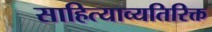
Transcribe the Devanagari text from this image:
साहित्याव्यतिरिक्त